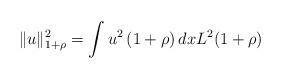
LaTeX: \begin{align*}\Vert u\Vert_{1+\rho}^2= \int u^2 \, (1+\rho)\, dx L^2(1+\rho)\end{align*}